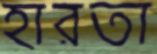
হারতা